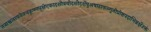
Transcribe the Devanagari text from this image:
तत्राश्वलायनेनचकृष्णपक्षेएकादशीत्रयोदशीदर्शेषुअषाढाफल्गुनीप्रोष्ठपदाभिन्नर्क्षेउक्तं